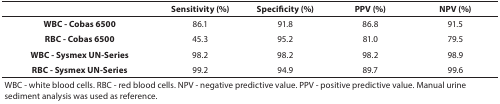
|  | Sensitivity (%) | Specificity (%) | PPV (%) | NPV (%) |
 | --- | --- | --- | --- | --- |
 | WBC - Cobas 6500 | 86.1 | 91.8 | 86.8 | 91.5 |
 | RBC - Cobas 6500 | 45.3 | 95.2 | 81.0 | 79.5 |
 | WBC - Sysmex UN-Series | 98.2 | 98.2 | 98.2 | 98.9 |
 | RBC - Sysmex UN-Series | 99.2 | 94.9 | 89.7 | 99.6 |
 | <COLSPAN=5> WBC - white blood cells. RBC - red blood cells. NPV - negative predictive value. PPV - positive predictive value. Manual urine sediment analysis was used as reference. |